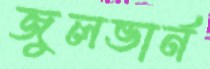
জুলভার্ন